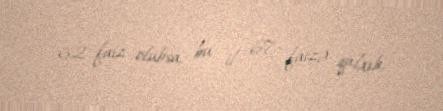
62 faiz olubsa, bu il 67 faizə qalxıb.